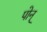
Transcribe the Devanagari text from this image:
पोन्